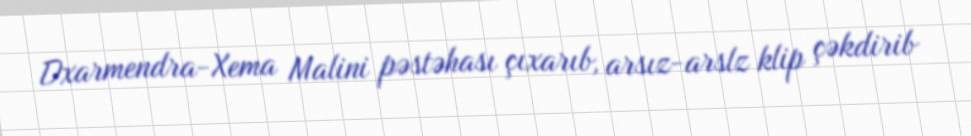
Dxarmendra-Xema Malini pəstəhası çıxarıb, arsız-arslz klip çəkdirib